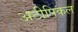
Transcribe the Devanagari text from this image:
अटीपिकल